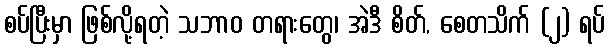
စပ်ပြီးမှာ ဖြစ်လို့ရတဲ့ သဘာဝ တရားတွေ၊ အဲဒီ စိတ်, စေတသိက် (၂) ရပ်